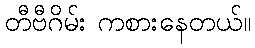
တီဗီဂိမ်း ကစားနေတယ်။